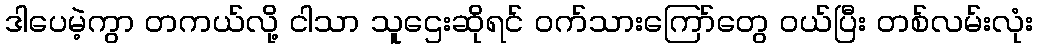
ဒါပေမဲ့ကွာ တကယ်လို့ ငါသာ သူဌေးဆိုရင် ဝက်သားကြော်တွေ ဝယ်ပြီး တစ်လမ်းလုံး